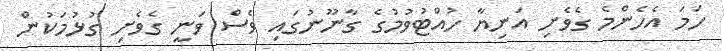
ހަމަ އެހެންމެ ގެވެށި އަނިޔާ ހުއްޓުވުމުގެ ގާނޫނުގައި ވެސް ވަނީ ގެވެށި ގުޅުމަކުން